Report of the King Institute of Preventive Medicine, Guindy
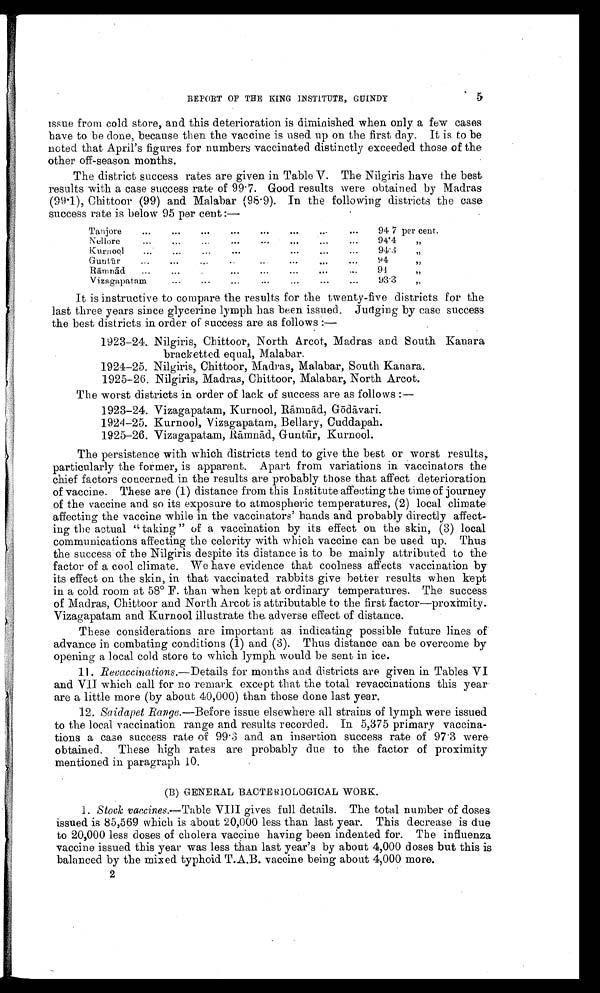
REPORT OP THE KING INSTITUTE, GUINDY
5
issue from cold store, and this deterioration is diminished when only a few cases
have to be done, because then the vaccine is used up on the first day. It is to be
noted that April’s figures for numbers vaccinated distinctly exceeded those of the
other off-season months.
The district success rates are given in Table V. The Nilgiris have the best
results with a case success rate of 99.7. Good results were obtained by Madras
(99.1), Chittoor (99) and Malabar (98 . 9). In the following districts the case
success rate is below 95 per cent :—
Tanjore
. . . ...
...
... ... ... ... ...
94.7 per cent.
Nellore ... ... ... ... ... ... ... ...
94.4
,,
Kurnool ... ... ... ... ... ... ...
94.3
, ,
Guntur
... ... ... ... ... ... ... ...
94
,,
Rämnäd ...
...
...
...
... ...
... ...
94
, ,
Vizagapatam
... ...
...
...
. . . . . . . . . . . .
93.3
,,
It is instructive to compare the results for the twenty-five districts for the
last three years since glycerine lymph has been issued. Judging by case success
the best districts in order of success are as follows
: —
1923-24.Nilgiris, Chittoor, North Arcot, Madras and south Kanara
bracketted equal, Malabar.
1924-25. Nilgiris, Chittoor, Madras, Malabar, South Kanara.
1925-26. Nilgiris, Madras, Chittoor, Malabar, North Arcot.
The worst districts in order of lack of success are as follows
: —
1923-24. Vizagapatam, Kurnool, Rämnäd Gödävari.
1924-25. Kurnool, Vizagapatam, Bellary, Cuddapah.
1925-26. Vizagapatam, R
ämnäd, Guntür, Kurnool.
The persistence with which districts tend to give the best or worst results,
particularly the former, is apparent. Apart from variations in vaccinators the
chief factors concerned in the results are probably those that affect deterioration
of vaccine. These are (1) distance from this Institute affecting the time of journey
of the vaccine and so its exposure to atmospheric temperatures, (2) local climate
affecting the vaccine while in the vaccinators' hands and probably directly affect-
ing the actual " taking " of a vaccination by its effect on the skin, (3) local
communications affecting the celerity with which vaccine can be used up. Thus
the success of the Nilgiris despite its distance is to be mainly attributed to the
factor of a cool climate. We have evidence that coolness affects vaccination by
its effect on the skin, in that vaccinated rabbits give better results when kept
in a cold room at 58° F. than when kept at ordinary temperatures. The success
of Madras, Chittoor and North Arcot is attributable to the first factor—proximity.
Vizagapatam and Kurnool illustrate the. adverse effect of distance.
These considerations are important as indicating possible future lines of
advance in combating conditions (1) and (3). Thus distance can be overcome by
opening a local cold store to which lymph would be sent in ice.
11. Revaccinations.— Details for months and districts are given in Tables VI
and VII which call for no remark except that the total revaccinations this year
are a little more (by about 40,000) than those done last year.
12. Saidapet Range.—Before issue elsewhere all strains of lymph were issued
to the local vaccination range and results recorded. In 5,375 primary vaccina-
tions a case success rate of 99 . 3 and an insertion success rate of 97.3 were
obtained. These high rates are pr obably due to the factor of proximity
mentioned in paragraph 10.
(B) GENERAL BACTERIOLOGICAL WORK.
1. Stock, vaccines.— Table VIII gives full details. The total number of doses.
issued is 85,569 which is about 20,000 less than last year. This decrease is due
to 20,000 less doses of cholera vaccine having been indented for. The influenza
vaccine issued this year was less than last year's by about 4,000 doses but this is
balanced by the mixed typhoid T.A.B. vaccine being about 4,000 more.
2